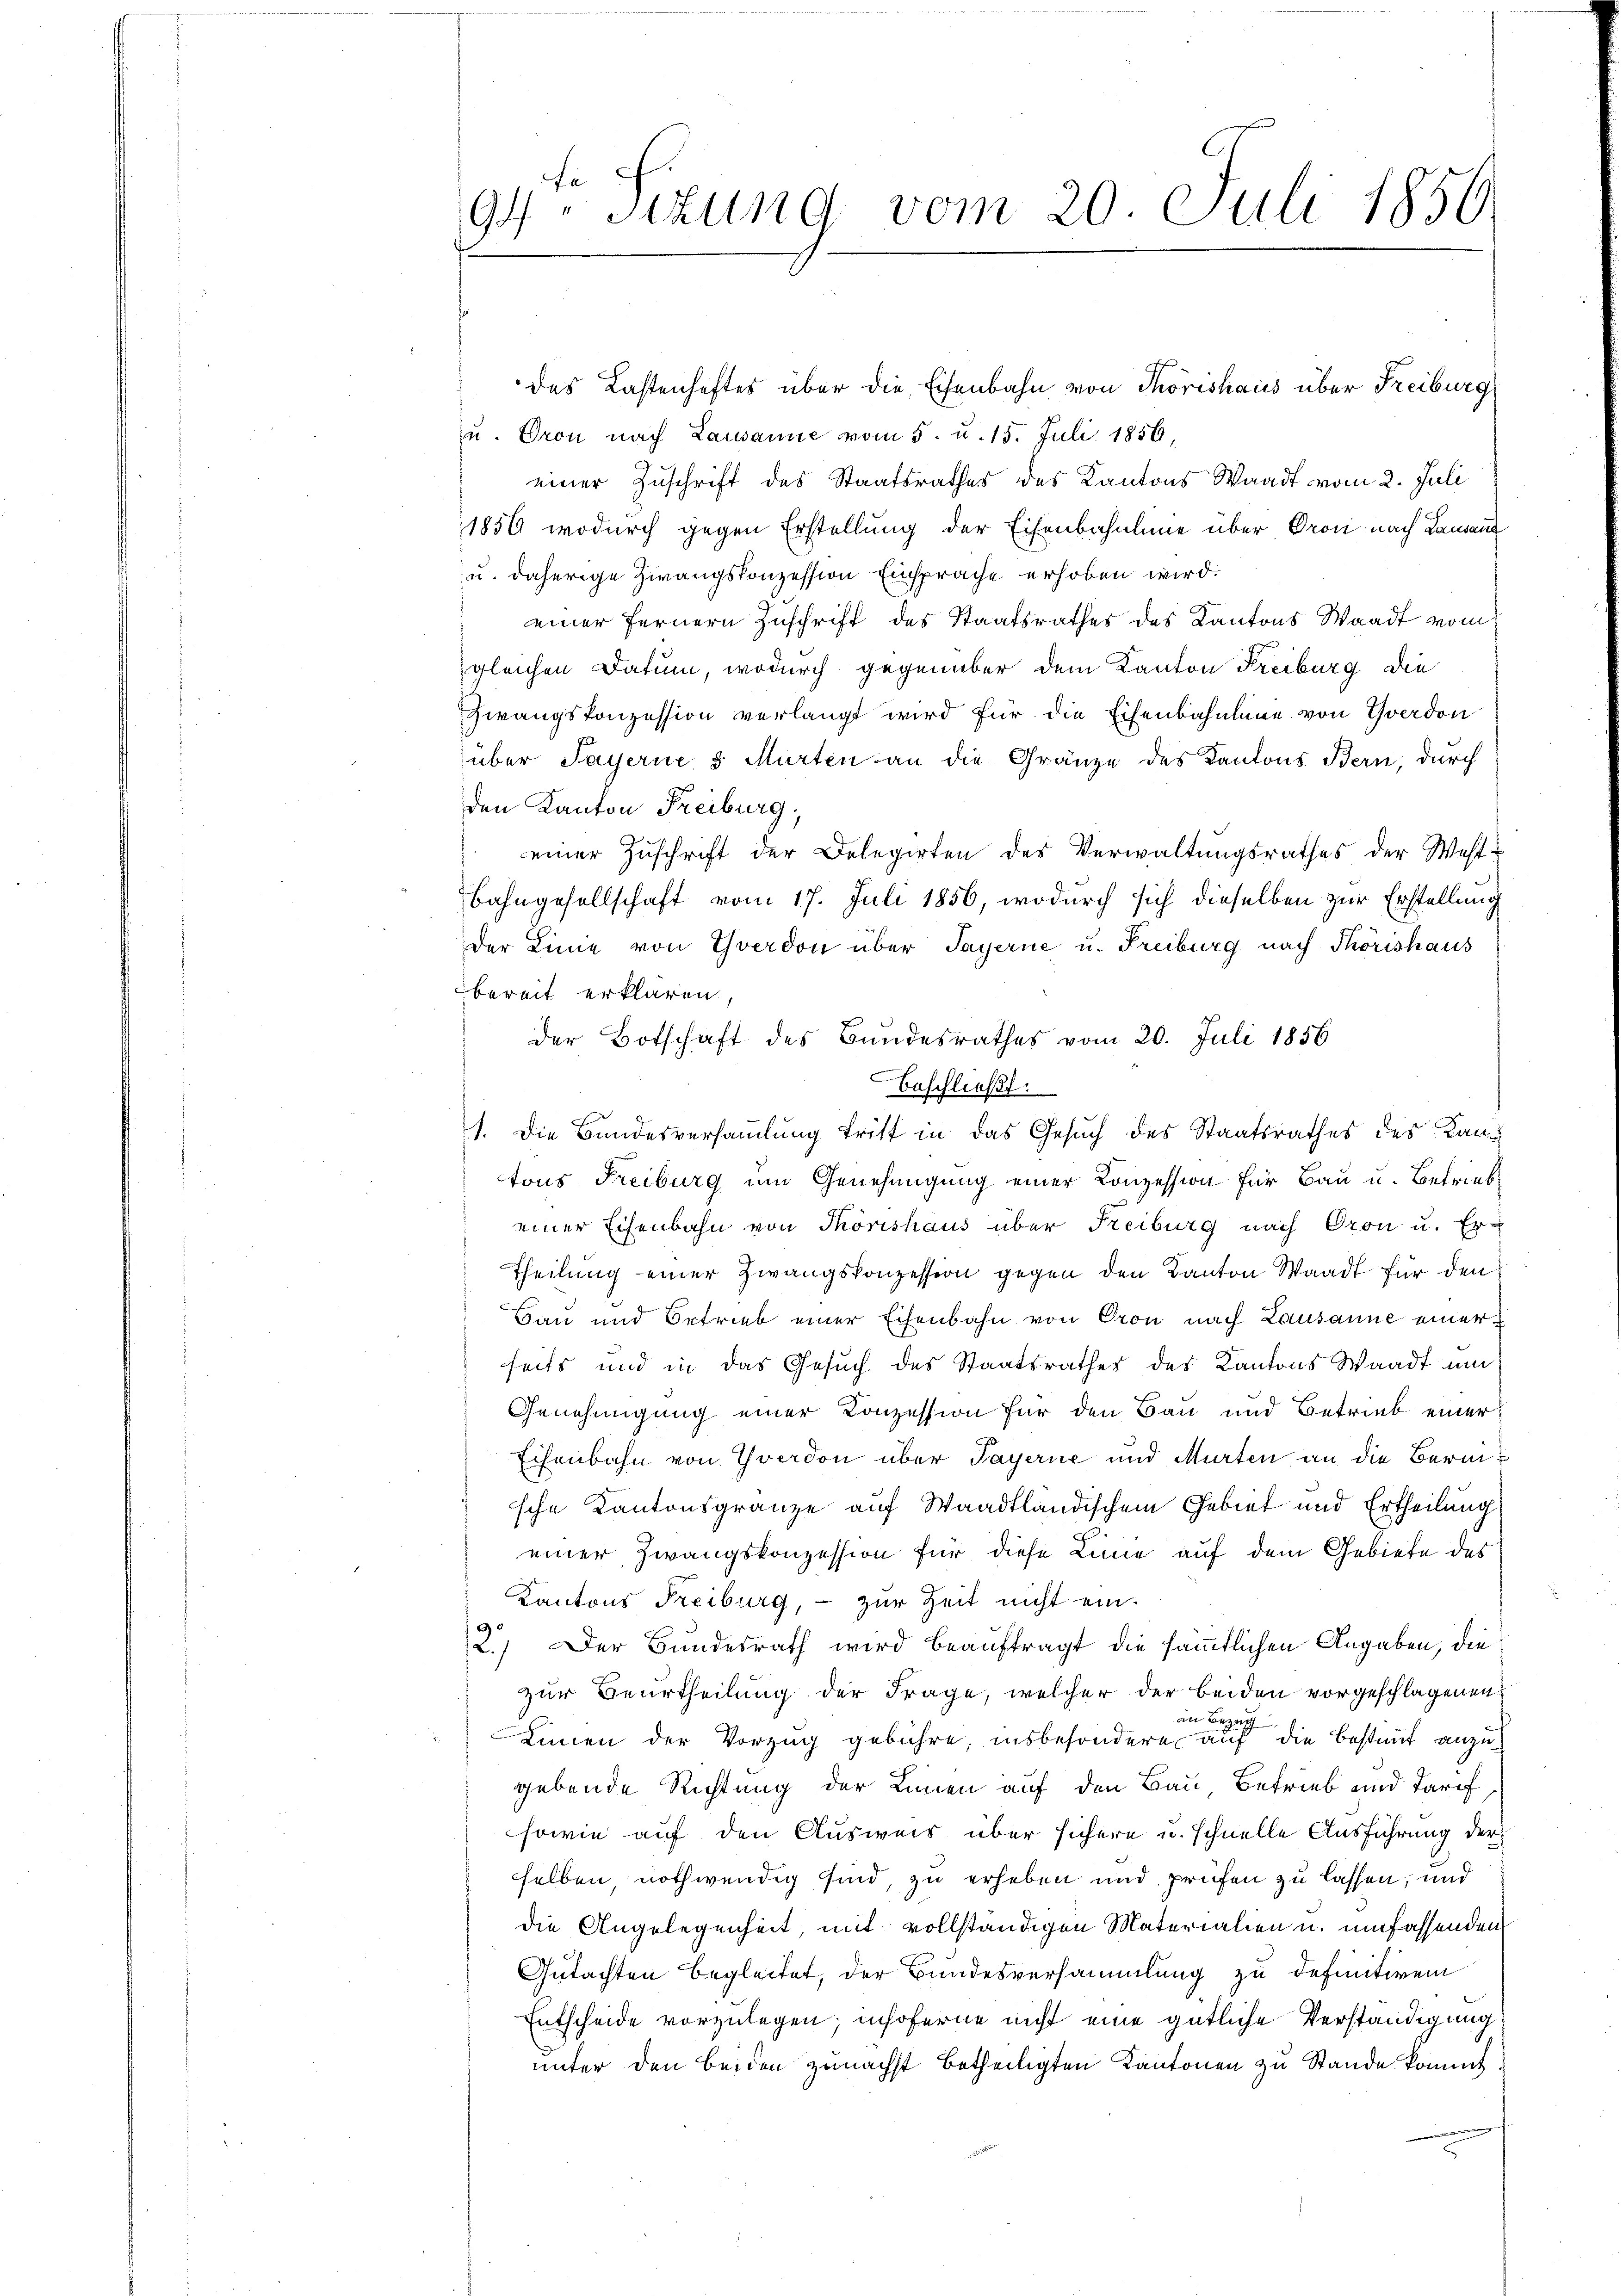
94. Sitzung vom 20. Juli 1856.

das Lastenhaftes über die Eisenbahn von Thorishaus über Freiburg
u. Oron nach Lausanne vom 5. u. 15. Juli 1856,
einer Zuschrift des Staatsrathes des Kantons Waadt vom 2. Juli
1856 wodurch gegen Erstellung der Eisenbahnline über Oron nach Lausann
u. daherige Zwangskonzession Einsprache erhoben wird.
einer fernern Zuschrift des Staatsrathes des Kantons Waadt vom
gleichen Datum, wodurch gegenüber dem Kanton Freiburg die
Zwangskonzession verlangt wird für die Eisenbahnläne von Yverdon
über Payerne 5 Murten an die Gränze des Kantons Bern, durch
den Kanton Freiburg,
einer Zŭschrift der Delegirten des Verwaltŭngsrathes der West-
Bahngesellschaft vom 17. Juli 1856, wodurch sich dieselben zur Erstellung
der Linie von Yverdon über Payerne u. Freiburg nach Thorishaus
bereit erklären,
der Botschaft des Bundesrathes vom 20. Juli 1856
beschließt:
1. Die Bundesversammlung tritt in das Gesuch des Staatsrathes der Kan
tons Freiburg um Genehmigung einer Konzession für Bau u. Betrieb
einer Eisenbahn von Thorishaus über Freiburg nach Oron u. Er-
Theilung einer Zwangskonzession gegen den Kanton Waadt für den
Bau und Betrieb einer Eisenbahn von Cron nach Lausanne einer
seits und in das Gesŭch des Staatsrathes des Kantons Waadt um
Genehmigung einer Konzession für den Bau und Betrieb einer
Eisenbahn von Yverdon über Payerne und Murten an die Beraische Kantonsgränze auf Waadtländischem Gebiet und Ertheilung
einer Zwangskonzession für diese Linie auf dem Gebiete des
Kantons Freiburg, - zur Zeit nicht ein¬
2.) Der Bundesrath wird beauftragt die sämmtlichen Angaben, die
zur Beurtheilung der Frage, welcher der beiden vorgeschlagenen
an Bezug
Iinen der Vorzug gebühre, insbesondere auf die Bestaut anzugebende Richtung der Linien auf den Bau, Betrieb und Tarif
sowie auf den Ausweis über sichere u. schnelle Ausführung der
selben nothwendig sind, zu erheben und prüfen zu lassen, und
die Angelegenheit, mit vollständigen Materialien u. umfassenden
Gutachten begleitet, der Bundesversammlung zu definitivem
Entscheide vorzulegen; insoferne nicht eine gütliche Verständigung
unter den beiden zunächst betheiligten Kantonen zu Stande kommt